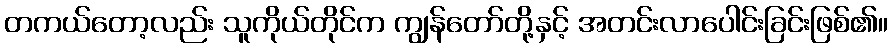
တကယ်တော့လည်း သူကိုယ်တိုင်က ကျွန်တော်တို့နှင့် အတင်းလာပေါင်းခြင်းဖြစ်၏။